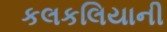
કલકલિયાની